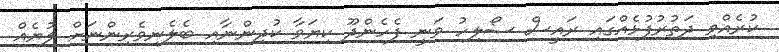
ކުރެއްވި ދަތުރުފުޅެއްގައި ރައީސް ސޯލިހު ވަނީ ފެހެންދޫ ކިޔަވާ ކުދިންނާއި ބެލެނިވެރިންނަށް ލުޔެއް